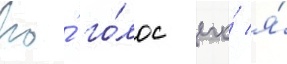
Но́ го́лос его́ я́